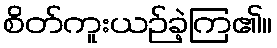
စိတ်ကူးယဉ်ခဲ့ကြ၏။